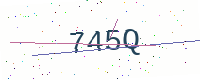
Text: 745Q